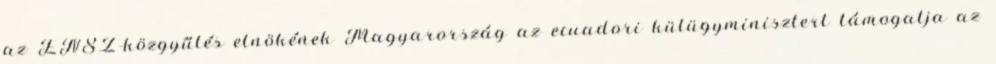
az ENSZ-közgyűlés elnökének Magyarország az ecuadori külügyminisztert támogatja az